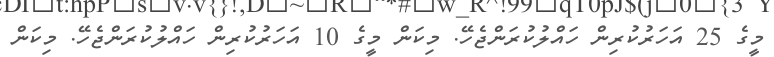
މީގެ 25 އަހަރުކުރިން ހައްލުކުރަންޖެހޭ. މިކަން މީގެ 10 އަހަރުކުރިން ހައްލުކުރަންޖެހޭ. މިކަން